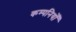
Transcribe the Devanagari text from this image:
कम्पनियोँ